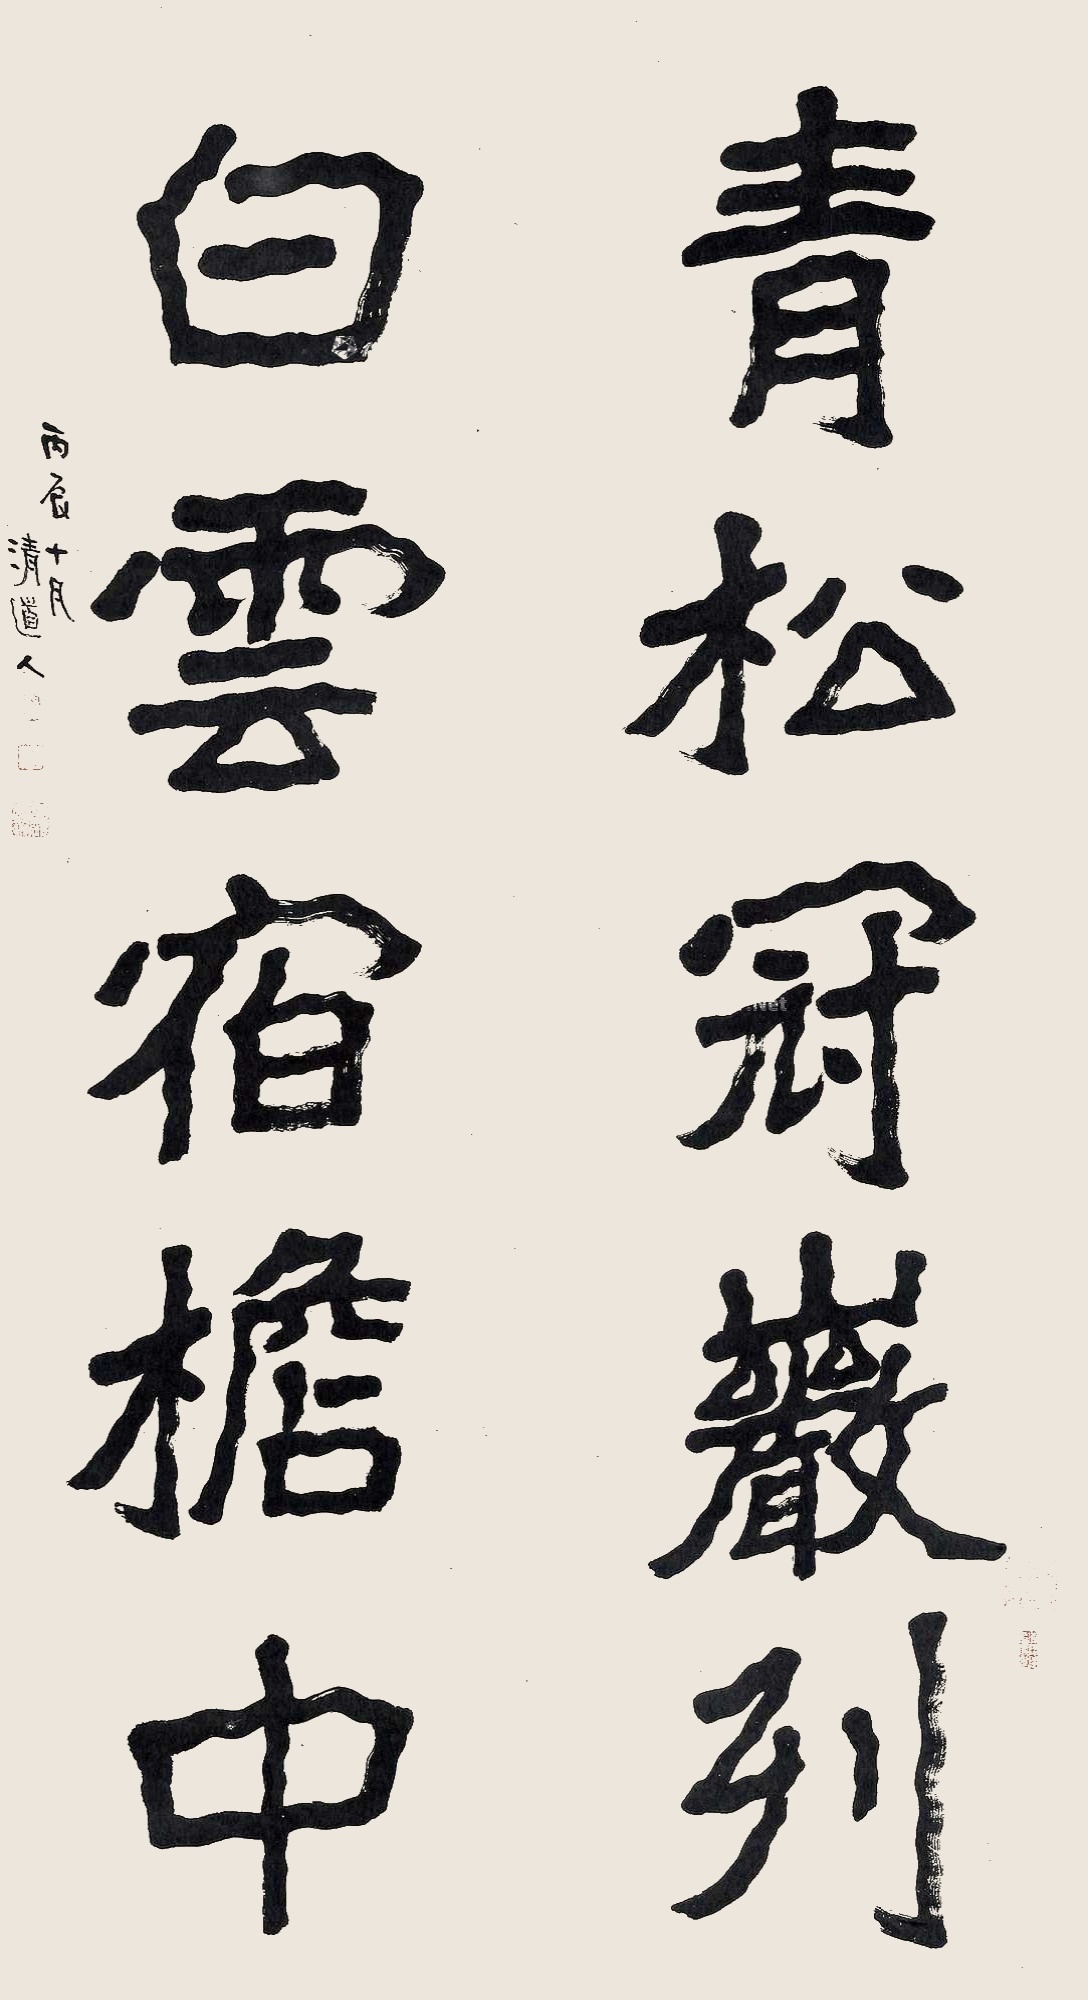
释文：青松冠岩列，白云宿檐中。丙辰十月，清道人。